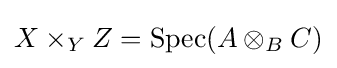
X\times _{Y}Z=\operatorname {Spec} (A\otimes _{B}C)